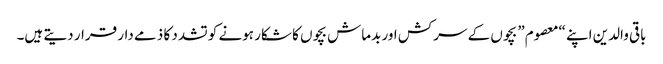
باقی والدین اپنے “معصوم” بچوں کے سرکش اور بدماش بچوں کا شکار ہونے کو تشدد کا ذمے دار قرار دیتے ہیں۔